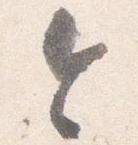
令